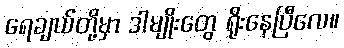
ရေချယ်တို့မှာ ဒါမျိုးတွေ ရိုးနေပြီလေ။